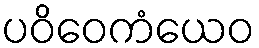
ပဝိဝေကံယေဝ